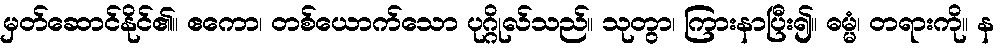
မှတ်ဆောင်နိုင်၏။ ဧကော၊ တစ်ယောက်သော ပုဂ္ဂိုလ်သည်။ သုတွာ၊ ကြားနာပြီး၍။ ဓမ္မံ၊ တရားကို။ န